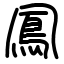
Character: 鳳